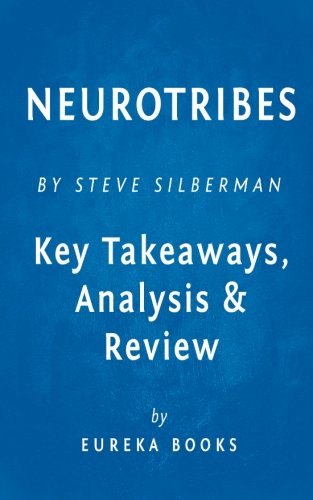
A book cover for NeuroTribes: The Legacy of Autism and the Future of Neurodiversity by Steve Silberman | Key Takeaways, Analysis & Review; Eureka Books; Health, Fitness & Dieting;